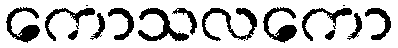
ကောသလကော